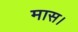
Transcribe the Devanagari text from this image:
मास।